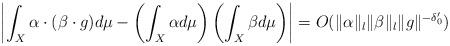
LaTeX: \begin{align*} \left|\int_X \alpha\cdot(\beta\cdot g) d\mu - \left(\int_X \alpha d\mu\right)\left(\int_X \beta d\mu\right)\right| = O(\|\alpha\|_l \|\beta\|_l \|g\|^{-\delta_0'})\end{align*}